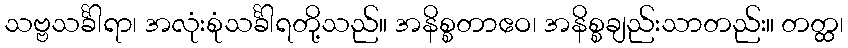
သဗ္ဗသင်္ခါရာ၊ အလုံးစုံသင်္ခါရတို့သည်။ အနိစ္စတာဧဝ၊ အနိစ္စချည်းသာတည်း။ တတ္ထ၊